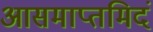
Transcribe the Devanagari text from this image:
आसमाप्तमिदं